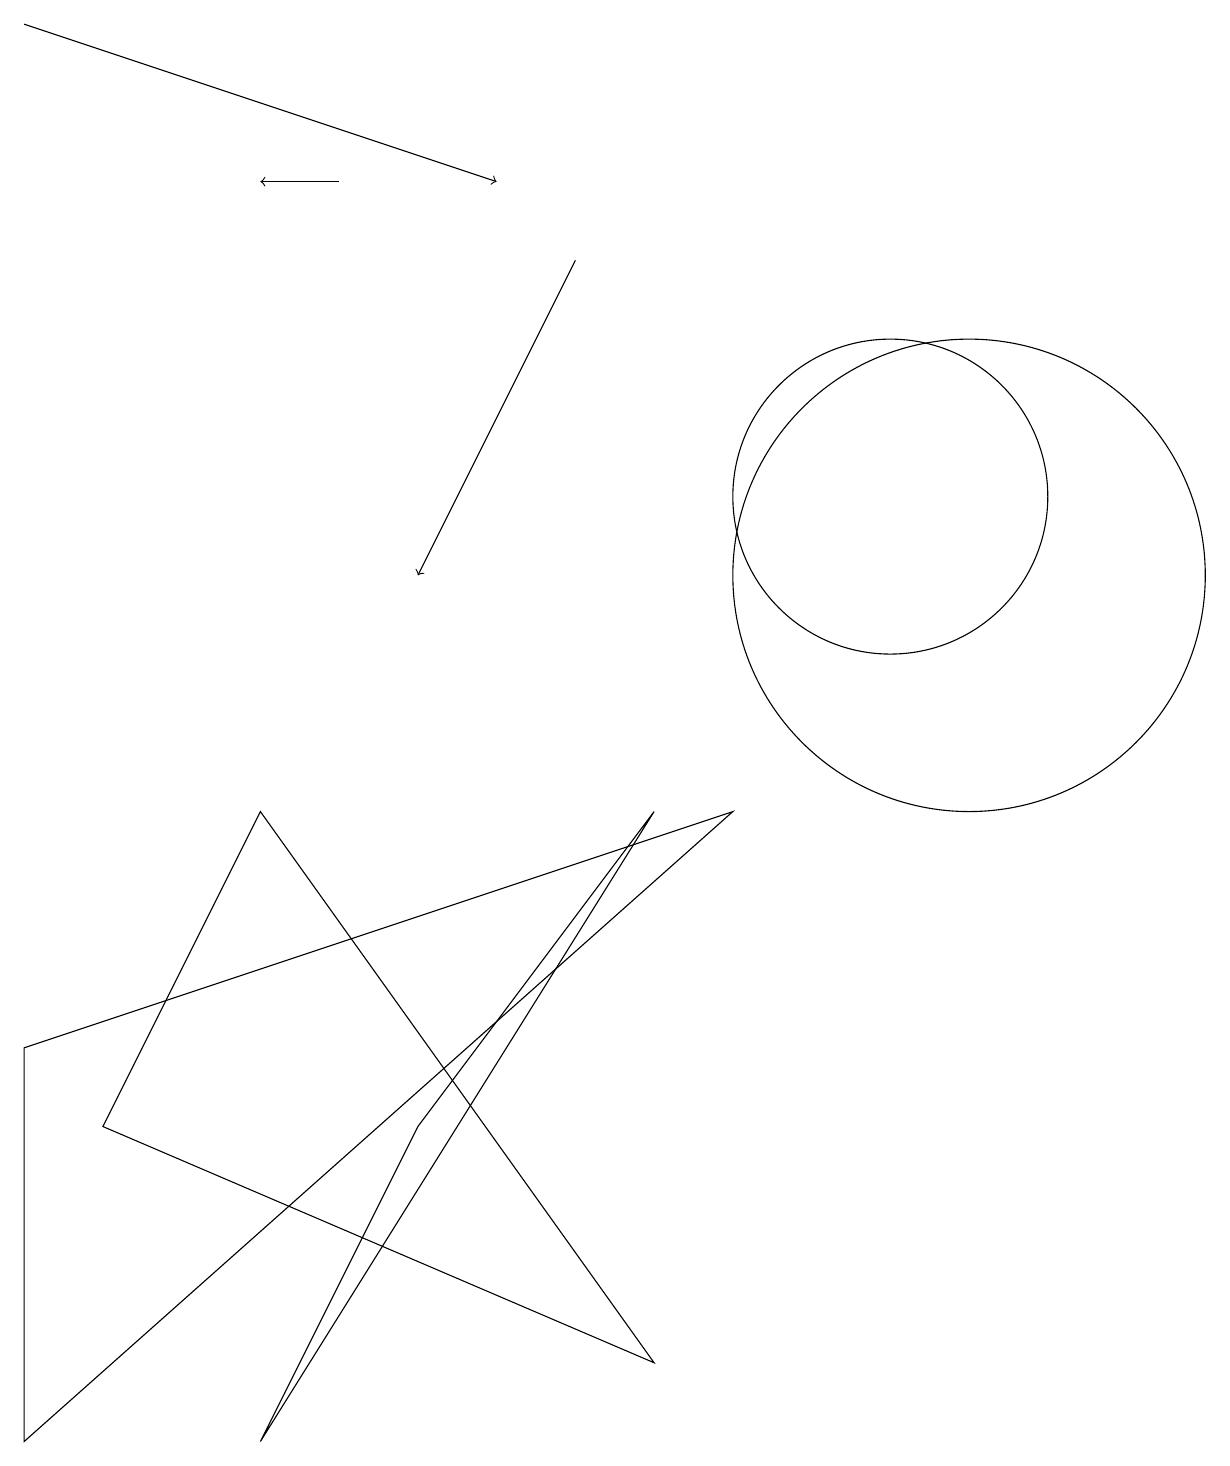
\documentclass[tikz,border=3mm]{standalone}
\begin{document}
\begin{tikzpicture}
\draw[->] (4,16) -- (3,16);
\draw (3,0) -- (5,4) -- (8,8) -- cycle;
\draw[->] (0,18) -- (6,16);
\draw (11,12) circle (2);
\draw (1,4) -- (3,8) -- (8,1) -- cycle;
\draw[->] (7,15) -- (5,11);
\draw (0,5) -- (0,0) -- (9,8) -- cycle;
\draw (12,11) circle (3);
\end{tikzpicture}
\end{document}